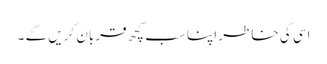
اسی کی خاطر اپنا سب کچھ قربان کریں گے ۔